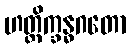
ဟတ္ထိက္ခန္ဓဂတော